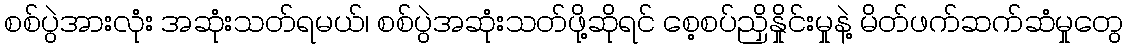
စစ်ပွဲအားလုံး အဆုံးသတ်ရမယ်၊ စစ်ပွဲအဆုံးသတ်ဖို့ဆိုရင် စေ့စပ်ညှိနှိုင်းမှုနဲ့ မိတ်ဖက်ဆက်ဆံမှုတွေ